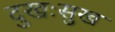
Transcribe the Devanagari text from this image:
दुखःसुख